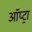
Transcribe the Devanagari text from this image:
ऑप्ट्रा